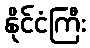
နိုင်ငံကြီး